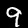
Label: 9